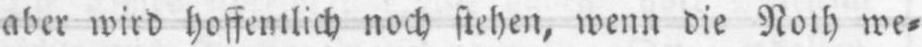
aber wird hoffentlich noch stehen, wenn die Noth we⸗